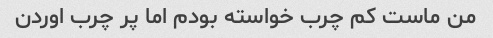
من ماست کم چرب خواسته بودم اما پر چرب اوردن